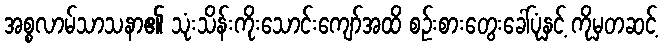
အစ္စလာမ်သာသနာ၏ သုံးသိန်းကိုးသောင်းကျော်အထိ စဉ်းစားတွေးခေါ်ပုံနှင့် ကိုမှတဆင့်